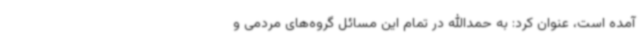
آمده است، عنوان کرد: به حمدالله در تمام این مسائل گروه‌های مردمی و